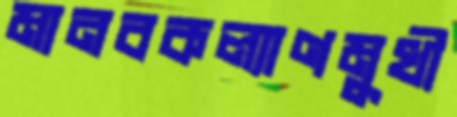
মানবকল্যাণমুখী